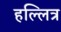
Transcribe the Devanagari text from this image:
हल्लित्र